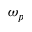
\omega _ { p }